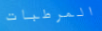
المرطبات